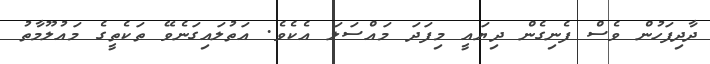
ދާދިފަހުން ވެސް ފެނިގެން ދިޔައީ މިފަދަ މައްސަލަ އެކެވެ. އަތުލައިގަނެވޭ ތަކެތީގެ މަައުލޫމާތު